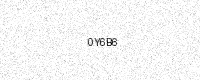
Text: 0Y6B6